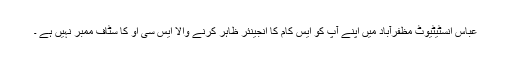
عباس انسٹیٹیوٹ مظفرآباد میں اپنے آپ کو ایس کام کا انجینئر ظاہر کرنے والا ایس سی او کا سٹاف ممبر نہیں ہے ۔